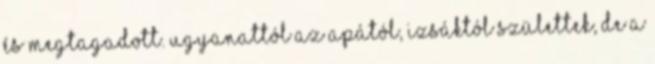
és megtagadott. Ugyanattól az apától, Izsáktól születtek, de a